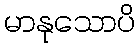
မာနုသောပိ